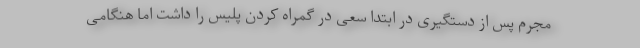
مجرم پس از دستگیری در ابتدا سعی در گمراه کردن پلیس را داشت اما هنگامی